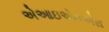
એઆઇએનએસ